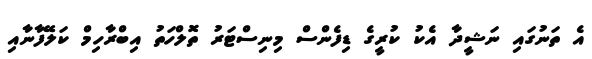
އެ ތަނުގައި ނަޝީދާ އެކު ކުރީގެ ޑިފެންސް މިނިސްޓަރު ތޮލްހަތު އިބްރާހިމް ކަލޭފާނާއި